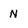
Character: N